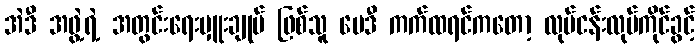
အဲဒီ အဖွဲ့ရဲ့ အတွင်းရေးမှူးချုပ် ဖြစ်သူ မေဒီ ကက်ထရင်ကတော့ လုပ်ငန်းလုပ်ကိုင်ခွင့်